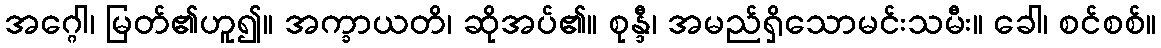
အဂ္ဂေါ၊ မြတ်၏ဟူ၍။ အက္ခာယတိ၊ ဆိုအပ်၏။ စုန္ဒီ၊ အမည်ရှိသောမင်းသမီး။ ခေါ၊ စင်စစ်။